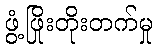
ဖွံ့ဖြိုးတိုးတက်မှု